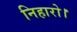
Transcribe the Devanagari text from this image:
निहारो।